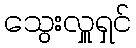
သွေးလှူရှင်